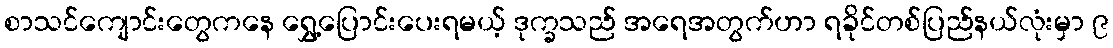
စာသင်ကျောင်းတွေကနေ ရွှေ့ပြောင်းပေးရမယ့် ဒုက္ခသည် အရေအတွက်ဟာ ရခိုင်တစ်ပြည်နယ်လုံးမှာ ၉